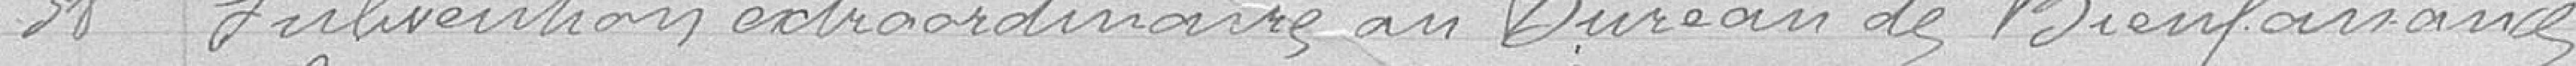
38 Subvention extraordinaire au Bureau de Bienfaisance